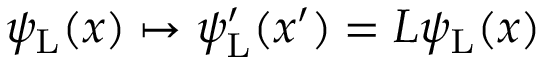
\psi _ { \mathrm { { L } } } ( x ) \mapsto \psi _ { \mathrm { { L } } } ^ { \prime } ( x ^ { \prime } ) = L \psi _ { \mathrm { { L } } } ( x )